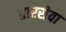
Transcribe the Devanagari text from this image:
तारसेवा